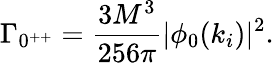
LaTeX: \Gamma_{0^{++}}=\frac{3M^{3}}{256\pi}|\phi_{0}(k_{i})|^{2}.